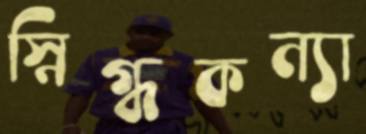
স্নিগ্ধকন্যা